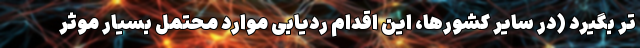
تر بگیرد (در سایر کشورها، این اقدام ردیابی موارد محتمل بسیار موثر